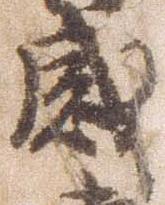
感